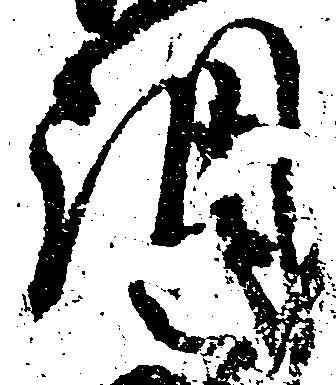
調